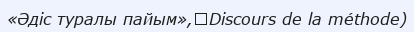
«Әдіс туралы пайым»,（Discours de la méthode)